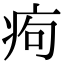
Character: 痀